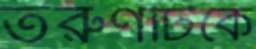
তরুণটিকে